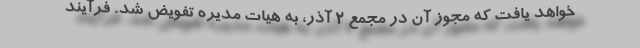
خواهد یافت که مجوز آن در مجمع 2 آذر، به هیات مدیره تفویض شد. فرآیند